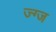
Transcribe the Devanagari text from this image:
ज्ग्ज